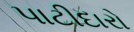
પાટીદારો